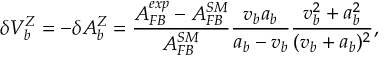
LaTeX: \frac { \langle f \rangle } { \langle f \rangle ( R _ { o l } = 0 ) } = \frac { 1 } { \sqrt { 1 - \frac { R _ { o l } ^ { 4 } } { R _ { o } ^ { 2 } R _ { l } ^ { 2 } } } } .